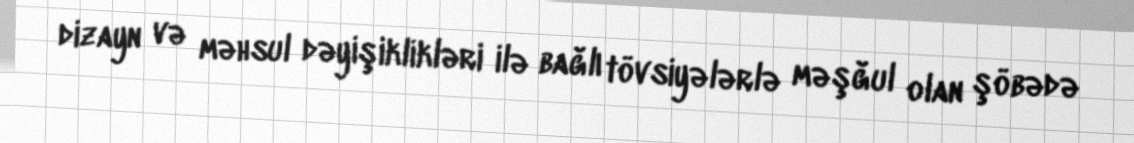
dizayn və məhsul dəyişiklikləri ilə bağlı tövsiyələrlə məşğul olan şöbədə